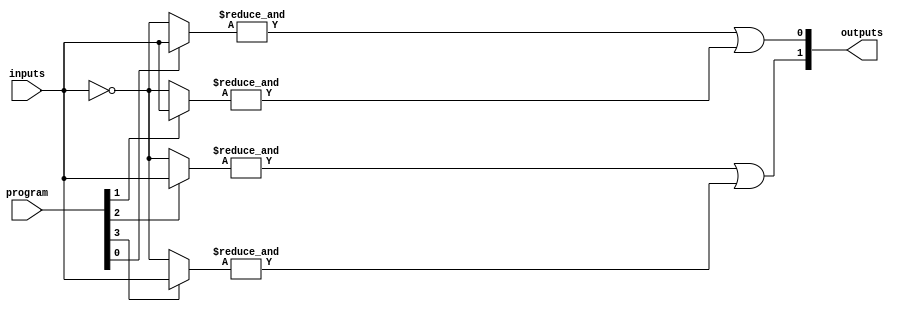
module HS_PAL #(
    parameter NUM_INPUTS = 8,         // Number of inputs
    parameter NUM_AND_TERMS = 4,      // Number of AND terms (product terms)
    parameter NUM_OUTPUTS = 2          // Number of outputs
) (
    input wire [NUM_INPUTS-1:0] inputs, // Input signals
    input wire [NUM_AND_TERMS-1:0] program, // Programming input (config for AND gates)
    output wire [NUM_OUTPUTS-1:0] outputs // Output signals
);

// Internal signals
wire [NUM_AND_TERMS-1:0] and_outputs; // Outputs from AND gates

// Generate programmable AND gates
genvar i;
generate
    for (i = 0; i < NUM_AND_TERMS; i = i + 1) begin : and_gate
        wire [NUM_INPUTS-1:0] and_inputs;
        
        // Connect inputs to AND gates based on programming
        assign and_inputs = (program[i]) ? inputs : ~inputs; // Example: using program bit to invert input
        
        // AND gate with fixed number of inputs
        assign and_outputs[i] = &and_inputs; // Logical AND operation
    end
endgenerate

// OR array to combine AND outputs into final outputs
genvar j;
generate
    for (j = 0; j < NUM_OUTPUTS; j = j + 1) begin : or_gate
        // Example: ORing the first two AND outputs for output j
        assign outputs[j] = or_reduce(and_outputs[j*2 +: 2]); // OR reduction for 2 terms
    end
endgenerate

// Function to perform OR reduction
function or_reduce;
    input [NUM_AND_TERMS-1:0] in;
    integer k;
    begin
        or_reduce = 1'b0;
        for (k = 0; k < NUM_AND_TERMS; k = k + 1) begin
            or_reduce = or_reduce | in[k];
        end
    end
endfunction

endmodule